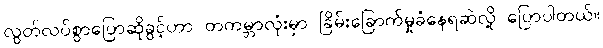
လွတ်လပ်စွာပြောဆိုခွင့်ဟာ တကမ္ဘာလုံးမှာ ခြိမ်းခြောက်မှုခံနေရဆဲလို့ ပြောပါတယ်။